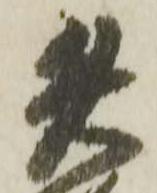
矢